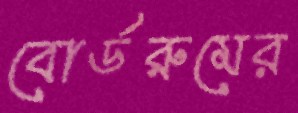
বোর্ডরুমের